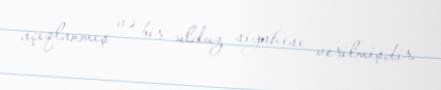
açıqlanmış və bir ulduz siyahısı verilmişdir.